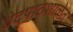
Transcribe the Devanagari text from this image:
वेदपाठशाळेत